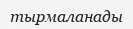
тырмаланады